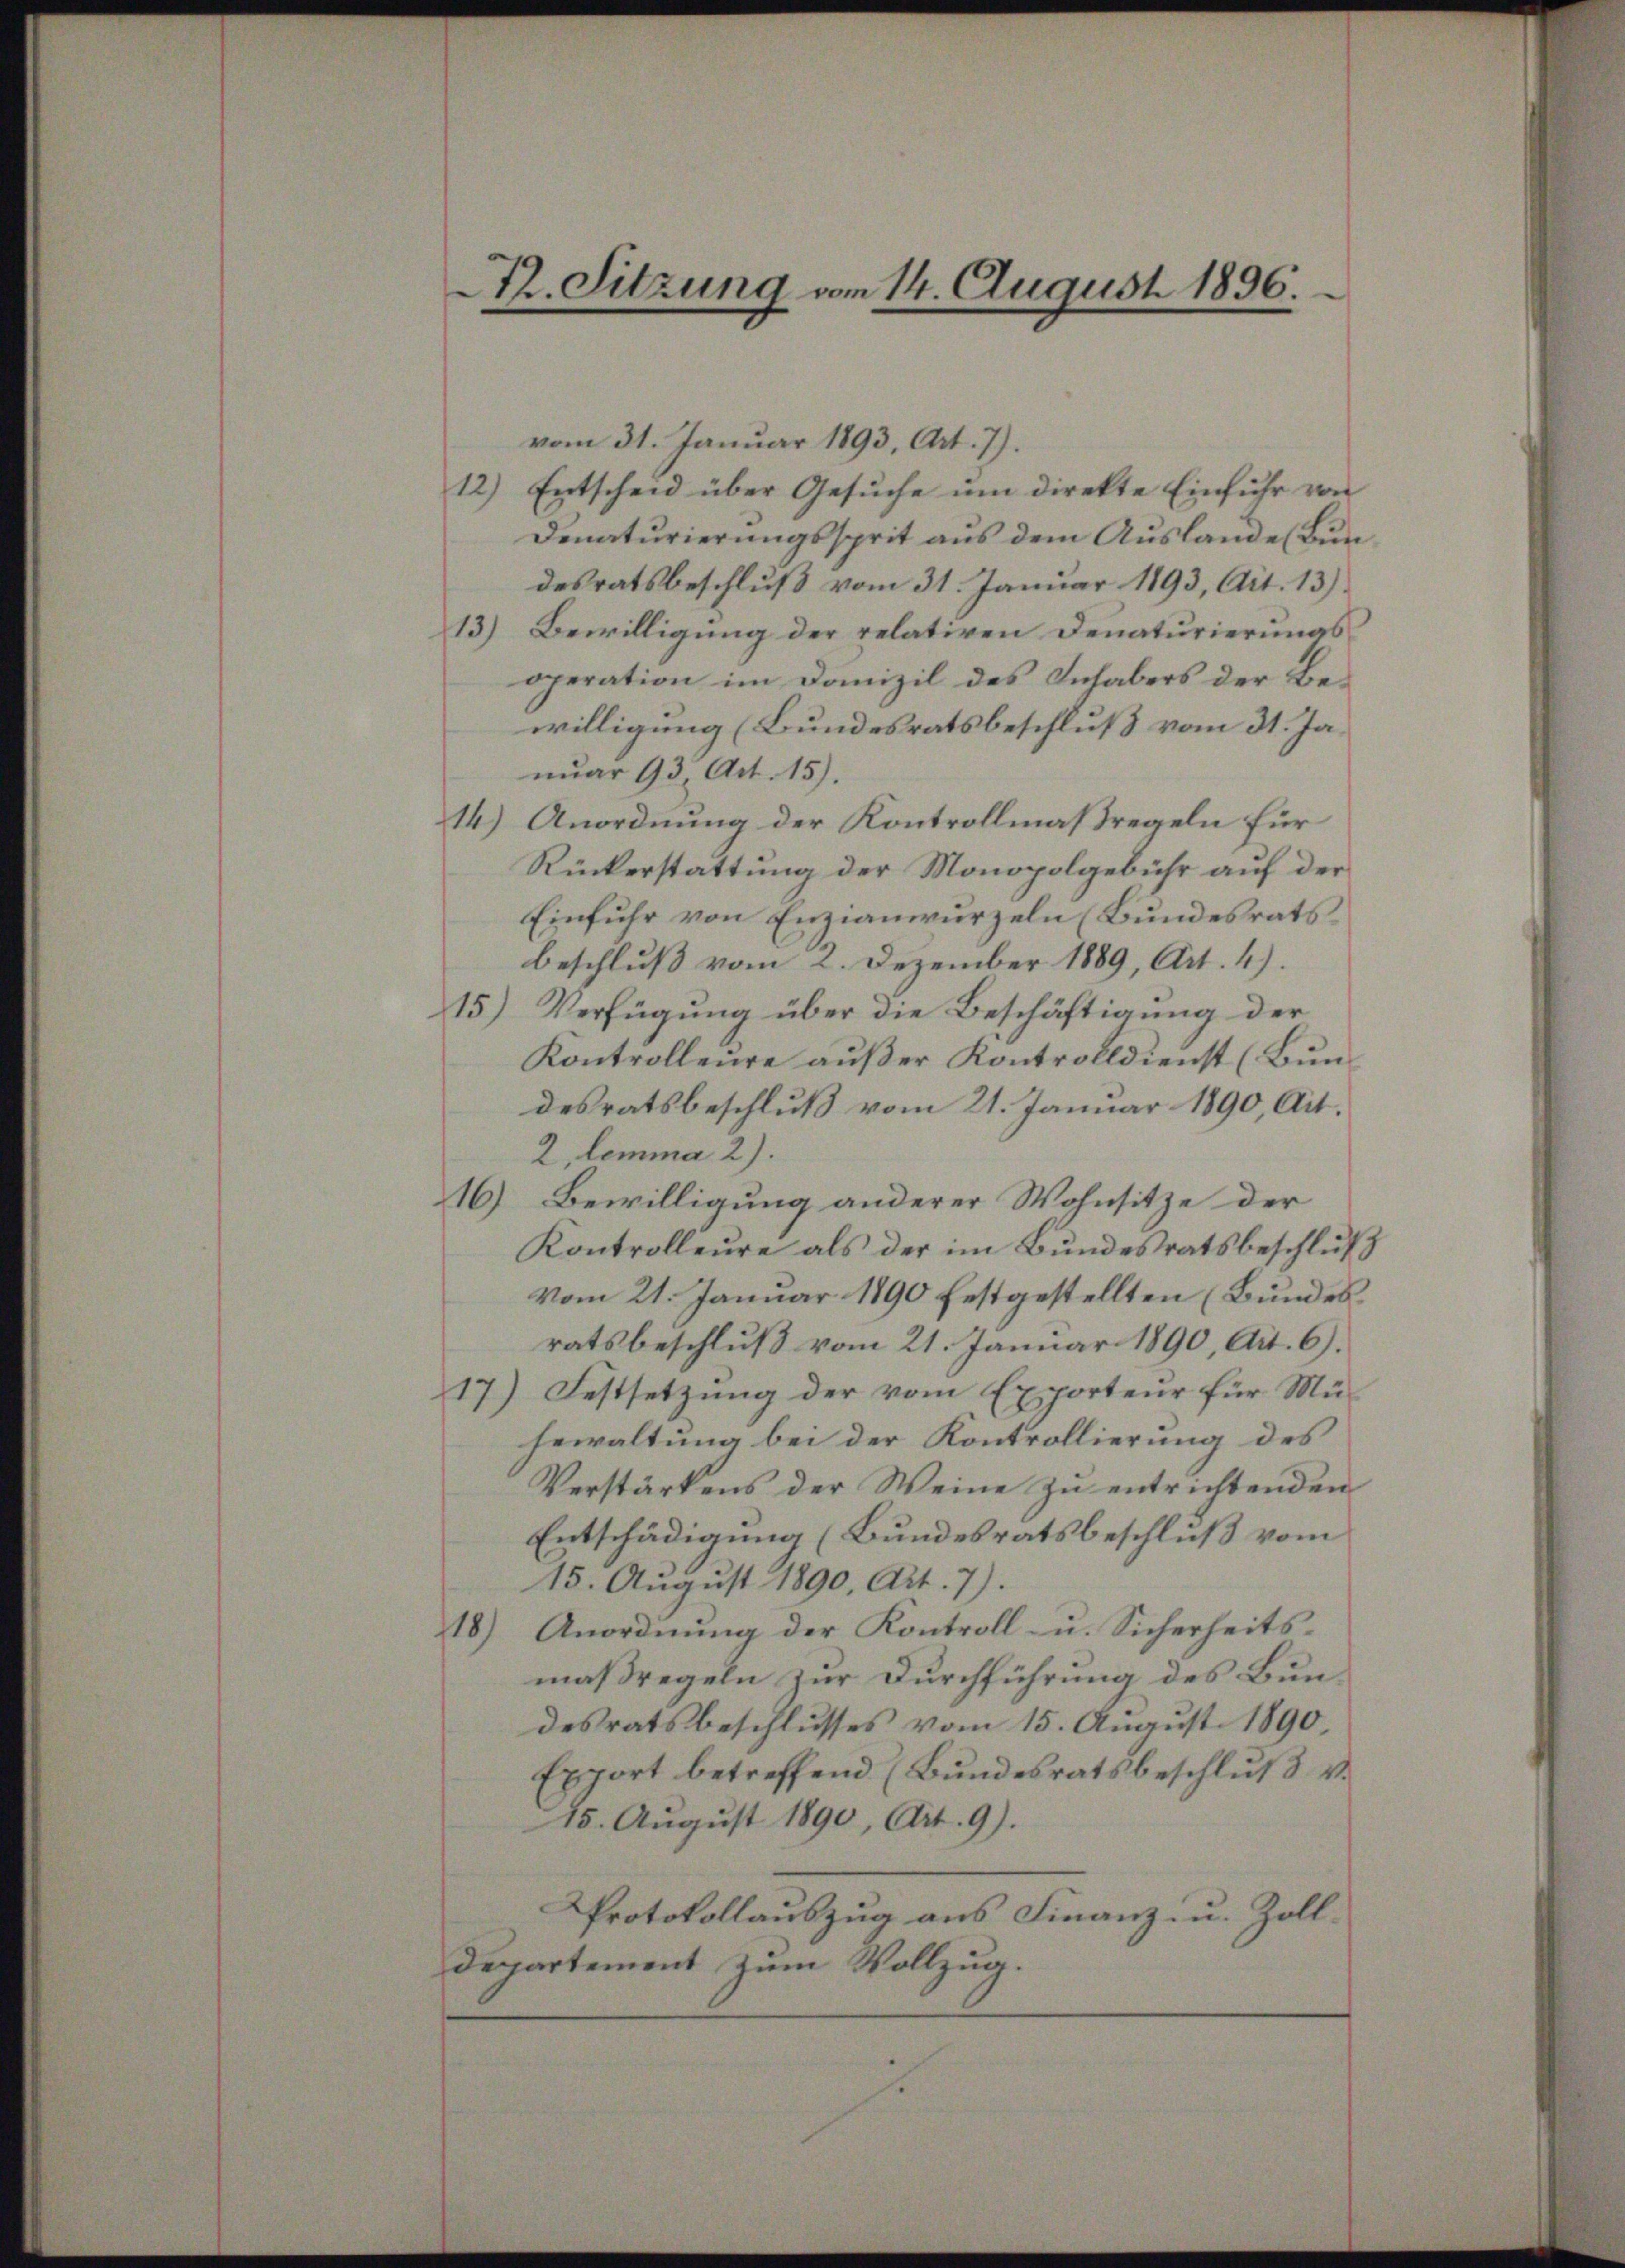
12. Sitzung vom 14. August 1896.

vom 31. Januar 1893, Art. 7).
12.) Entscheid über Gesŭche um direkte Einfuhr von
Denaturierungssprit aus dem Auslande (Bundesratsbeschluß vom 31. Januar 1893, Art. 13)
13.) Bewilligung der relativen Denaturierungs
operation im Domizil des Inhabers der Bewilligung (Bundesratsbeschluß vom 31. Januar 93 Art. 15).
14.) Anordnung der Kontrollmaßregeln für
Rückerstattung der Monopolgebühr auf der
Einfuhr von Enzianwurzeln (Bundesrats.
beschluß vom 2. Dezember 1889, Art. 4).
15) Verfügung über die Beschäftigung der
Kontrolleure außer Kontrolldienst (Bundesratsbeschluß vom 21. Januar 1890, Ait¬
2 lemma 2).
16.) Bewilligung anderer Wohnsitze der
Kontrolleure als der im Bundesratsbeschluß
vom 21. Januar 1890 festgestellten (Bundes
ratsbeschluß vom 21. Januar 1890, Art. 6).
17) Festsetzung der vom Exporteur für Mühewaltung bei der Kontrollierung des
Verstärkens der Weine zu entrichtenden
Entschädigung (Bundesratsbeschluß vom
15. August 1890, Art. 7).
18.) Anordnung der Kontroll- u. Sicherheits-
maßregeln zur Durchführung des Bundesratsbeschlusses vom 15. August 1890,
Export betreffend (Bundesratsbeschluß v.
15. August 1890, Art. 9).
Protokollauszug aus Finanz- u. Zoll¬
Departement zum Vollzug.